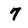
Character: 7